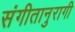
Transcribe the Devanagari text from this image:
संगीतानुरागी